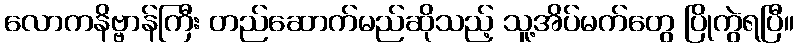
လောကနိဗ္ဗာန်ကြီး တည်ဆောက်မည်ဆိုသည့် သူ့အိပ်မက်တွေ ပြိုကွဲရပြီ။